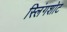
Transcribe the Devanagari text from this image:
स्लिंगशोट